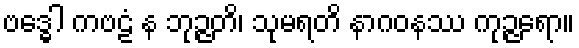
ဗဒ္ဓေါ ကဗဠံ န ဘုဉ္ဇတိ၊ သုမရတိ နာဂဝနဿ ကုဉ္ဇရော။